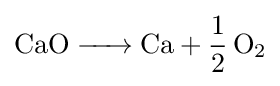
{\ce {CaO -> Ca + 1/2O2}}